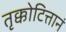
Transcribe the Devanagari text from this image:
तृक्कोटित्तानं